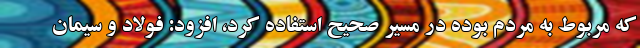
که مربوط به مردم بوده در مسیر صحیح استفاده کرد، افزود: فولاد و سیمان